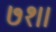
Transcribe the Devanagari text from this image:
७१।।